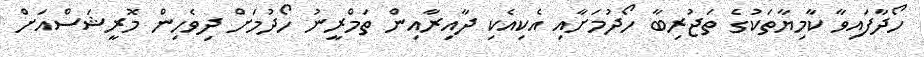
ހޯދާފައިވާ ކާމިޔާތަކުގެ ތަޖުރިބާ ހޯދުމަށާއި އެކިއެކި ދާއިރާއިން ތަމްރީނު ހޯދުމަށް ދިވެހިން މޮރީޝަސްއަށް